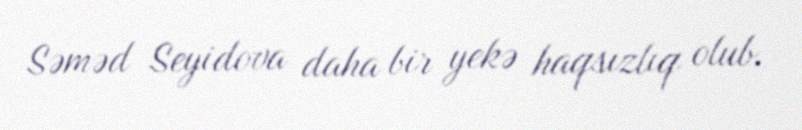
Səməd Seyidova daha bir yekə haqsızlıq olub.